Calcutta medical institutions reports 1892-1900
Year: 1892
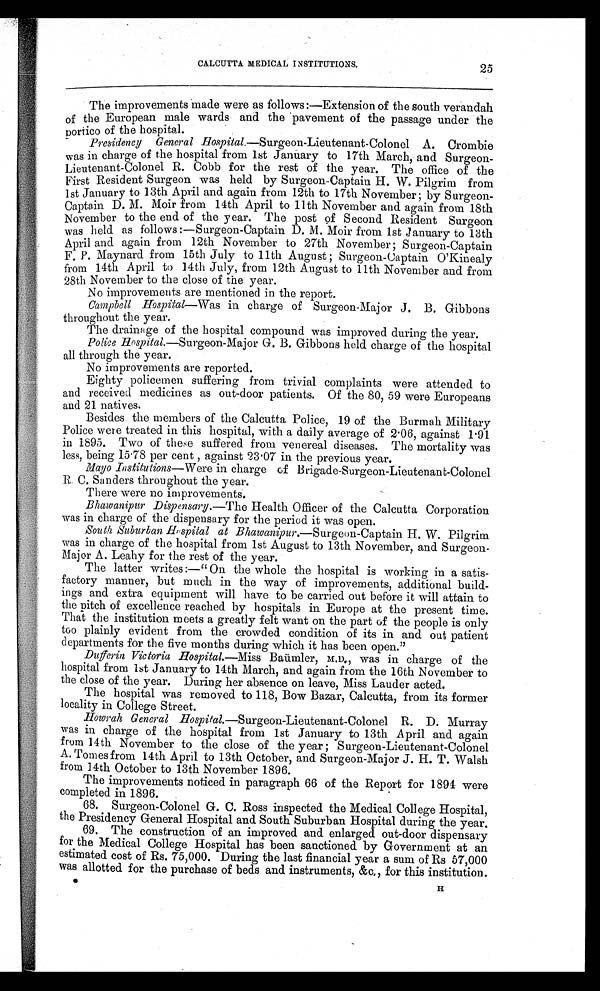
CALCUTTA MEDICAL INSTITUTIONS.
25
The improvements made were as follows :—Extension of the south verandah
of the European male wards and the pavement of the passage under the
portico of the hospital.
Presidency General H ospital.—Surgeon-Lieutenant-Colonel A. Crombie
was in charge of the hospital from 1st January to 17th March, and Surgeon-
Lieutenant-Colone l R. Cobb for the rest of the year. The office of the
First Resident Surgeon was held by Surgeon-Captain H. W. Pilgrim from
1st January to 13th April and again from 12th to 17th November ; by Surgeon-
Captain D. M. Moir from 14th April to 11th November and again from 18th
November to the end of the year. The post of Second Resident Surgeon
was held as follows :—Surgeon-Captain D. M. Moir from 1st January to 13th
April and again from 12th November to 27th November; Surgeon-Captain
F. P. Maynard from 15th July to 11th August ; Surgeon-Captain O'Kinealy
from 14th April to 14th July, from 12th August to 11th November and from
28th November to the close of the year.
No improvements are mentioned in the report.
Campbell Hospital—Was in charge of Surgeon-Major J. B. Gibbons
throughout the year.
The drainage of the hospital compound was improved during the year.
Police Rospital.—Surgeon-Major G. B. Gibbons held charge of the hospital
all through the year.
No improvements are reported.
Eighty policemen suffering from trivial complaints were attended to
and received medicines as out-door patients. Of the 80, 59 were Europeans
and 21 natives.
Besides the members of the Calcutta Police, 19 of the Burmah Military
Police were treated in this hospital, with a daily average of 2 . 06, against 1.91
in 1895. Two of these suffered from venereal diseases. The mortality was
less, being 15.78 per cent , against 23 . 07 in the previous year.
Mayo Institutions-Werei n c h a r g e o f B r i g a d e - S u r g e o n - L i e u t e n a n t - C o l o n e l
R. C. Sanders throughout the year.
There were no improvements.
Bkawanipur Dispensary.--The Health Officer of the. Calcutta Corporation
was in charge of the dispensary for the period it was open.
South Suburban Hospital at Bhawanipur.—Surgeon-Captain H. W. Pilgrim
was in charge of the hospital from 1st August to 13th November, and Surgeon.
Major A. Leahy for the rest of the year.
The latter writes :—" On the whole the hospital is working in a satis-
factory manner, but much in the way of improvements, additional build-
ings and extra equipment will have to be carried out before it will attain to
the pitch of excellence reached by hospitals in Europe at the present time.
That the institution meets a greatly felt want on the part of the people is only
too plainly evident from the crowded condition of its in and out patient
departments for the five months during which it has been open."
Duferin Victoria Hospital.---Miss Baiimler, M.D., was in charge of the
hospital from 1st January to 14th March, and again from the 16th November to
the close of the year. During her absence on leave, Miss Lauder acted.
The hospital was removed to 118, Bow Bazar, Calcutta, from its former
locality in College Street.
Howrah General Hospital.—Surgeon-Lieutenant-Colonel R. D. Murray
was in charge of the hospital from 1st January to 13th April and again
from 14th November to the close of the year;• Surgeon-Lieutenant-Colonel
A. Tomes from 14th April to 13th October, and Surgeon-Major J. H. T. Walsh
from 14th October to 13th November 1896.
The improvements noticed in paragraph 66 of the Report for 1894 were
completed. in 1896.
68. Surgeon-Colonel G. C. Ross inspected the Medical College Hospital,
the Presidency General Hospital and South Suburban Hospital during the year.
69. The construction of an improved and enlarged out-door dispensary
for the Medical College Hospital has been sanctioned by Government at an
estimated cost of Rs. 75,000. During the last financial year a sum of Rs 57,000
was allotted for the purchase of beds and instruments, &c,, for this institution. H